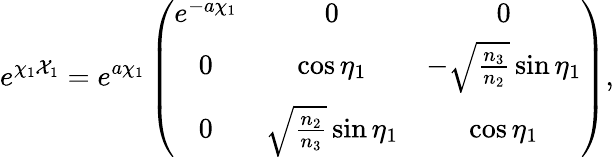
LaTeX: e^{\chi_{1}{\cal X}_{1}}=e^{a\chi_{1}}\left(\begin{array}{ccc}{{e^{-a\chi_{1}}}}&{{0}}&{{0}}\\ {{0}}&{{\cos{\eta_{1}}}}&{{-\sqrt{\frac{n_{3}}{n_{2}}}\sin{\eta_{1}}}}\\ {{0}}&{{\sqrt{\frac{n_{2}}{n_{3}}}\sin{\eta_{1}}}}&{{\cos{\eta_{1}}}}\end{array}\right),